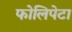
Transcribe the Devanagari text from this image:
फोलिपेटा